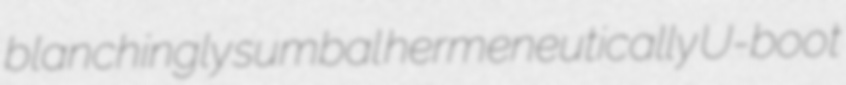
blanchingly sumbal hermeneutically U-boot